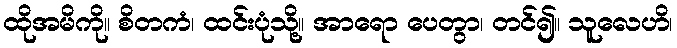
ထိုအမိကို။ စိတကံ၊ ထင်းပုံသို့။ အာရော ပေတွာ၊ တင်၍။ သူလေဟိ၊